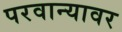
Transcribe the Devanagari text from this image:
परवान्यावर